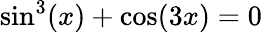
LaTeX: \sin^{3}(x)+\cos(3x)=0